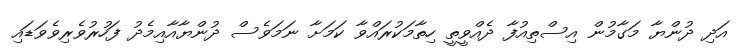
އަދި ދުންޔާ މަގާމުން އިސްތިއުފާ ދެއްވީތީ ހިތާމަކުރައްވާ ކަމަށާ ނަމަވެސް ދުންޔާއާއިމެދު ފަހުރުވެރިވެވަޑައި